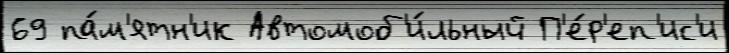
69 па́м'ятн'ик Автомоб'и́льный П'е́р'еп'ис'и